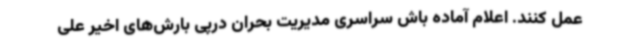
عمل کنند. اعلام آماده باش سراسری مدیریت بحران درپی بارش‌های اخیر علی